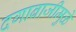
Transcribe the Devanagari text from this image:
दगाबाजीमुळे